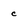
Character: c